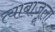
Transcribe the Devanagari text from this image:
त्याबाजूला